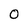
Character: 0